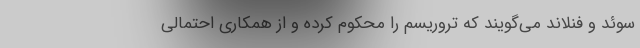
سوئد و فنلاند می‌گویند که تروریسم را محکوم کرده و از همکاری احتمالی